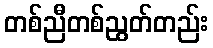
တစ်ညီတစ်ညွတ်တည်း